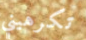
تكرهيني